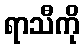
ရာသီကို